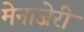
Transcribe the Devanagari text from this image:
मेनाजेरी